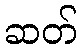
ဆတ်